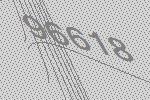
96618